Some observations on the poison of the banded krait (Bungarus fasciatus) - Number 7
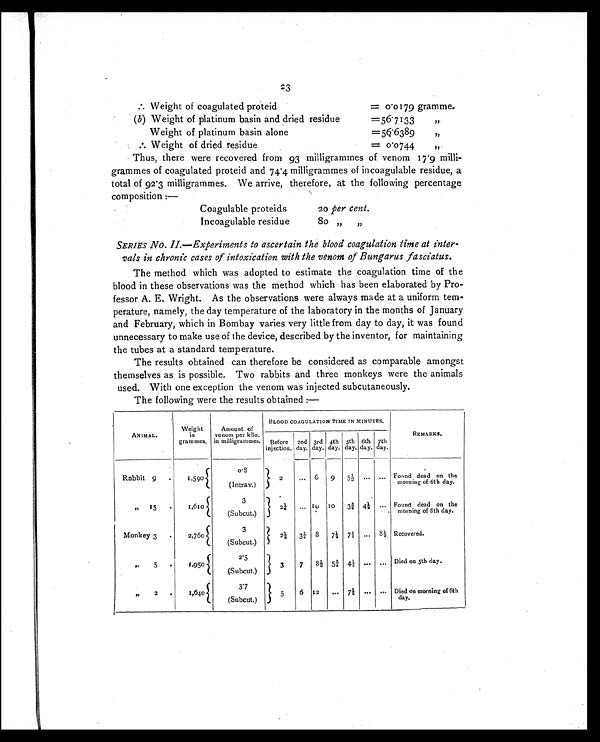
23
[ I L L ] Weight of coagulated proteid
=
0.0179 gramme.
(b) Weight of platinum basin and dried residue
= 5 6 . 7 1 3 3 "
Weight of platinum basin alone
= 5 6 . 6 3 8 9 "
[ I L L ] Weight of dried residue
=
0 . 0 7 4 4 "
Thus, there were recovered from 93 milligrammes of venom 17.9 milli-
grammes of coagulated proteid and 74.4 milligrammes of incoagulable residue, a
total of 92.3 milligrammes. We arrive, therefore, at the following percentage
composition :—
Coagulable proteids
20 per cent .
Incoagulable residue
80 ,,
,,
SERIES No. II.—Experiments to ascertain the blood coagulation time at inter-
vals in chronic cases of intoxication with the venom of Bungarus fasciatus.
The method which was adopted to estimate the coagulation time of the
blood in these observations was the method which has been elaborated by Pro--
fessor A. E. Wright. As the observations were always made at a uniform tem-
-perature, namely, the day temperature of the laboratory in the months of January
and February, which in Bombay varies very little from day to day, it was found
unnecessary to make use of the device, described by the inventor, for maintaining
the tubes at a standard temperature.
The results obtained can therefore be considered as comparable amongst
themselves as is possible. Two rabbits and three monkeys were the animals
used. With one exception the venom was injected subcutaneously.
The following were the results obtained :—
ANIMAL.
Weight
in
grammes.
Amount of
venom per kilo.
in milligrammes.
BLOOD COAGULATION TIME IN MINUTES.
REMARKS.
Before
injection.
2nd
day.
3rd
day.
4th
day.
5th
day.
6th
day.
7th
day.
Rabbit 9
1 , 5 9 0
0 . 8
2
... 6
9 5½ ... ... Found dead on the
morning of 6th day.
(Intrav.)
„ 15
1,610
3
2 ¼ ... 10 10 3¾ 4 ... Found dead on the
morning of 8th day.
(Subcut.)
Monkey 3
2 , 7 6 0
3
2 ½3¼ 8 7½ 7½ ...
8 ½ Recovered.
(Subcut.)
,,
5
1,950
2.5
3
7 8½ 5¾ 4½ ... ... Died on 5th day.
(Subcut . )
,,
2
1,640
3 . 7
5
6 12
... 7½ ... ... Died on morning of 6th
day.
(Subcut.)